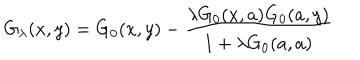
G _ { \lambda } ( x , y ) = G _ { 0 } ( x , y ) - \frac { \lambda G _ { 0 } ( x , a ) G _ { 0 } ( a , y ) } { 1 + \lambda G _ { 0 } ( a , a ) }